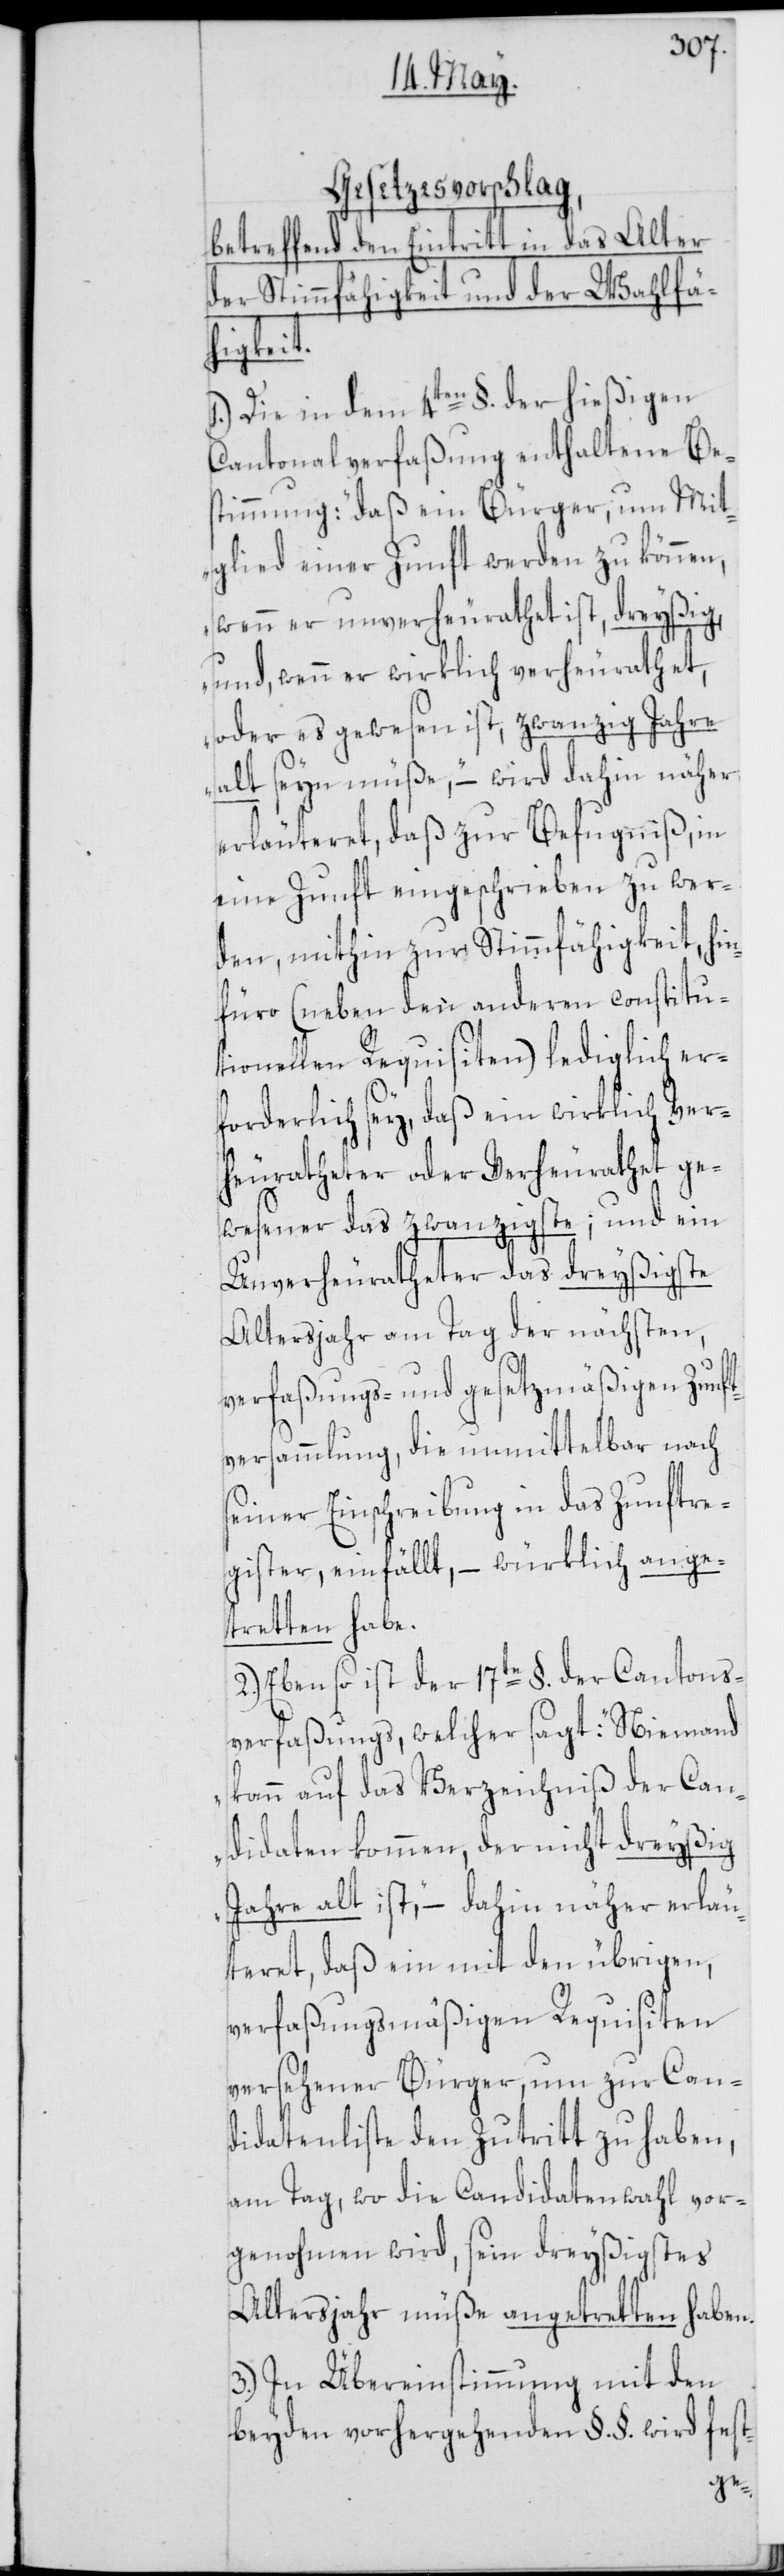
Gesetzesvorschlag,
betreffend den Eintritt in das Alter
der Stimmfähigkeit und der Wahlfä¬
higkeit.
1.) Die in dem 4ten §. der hießigen
Cantonalverfaßung enthaltene Be¬
stimmung: „daß ein Bürger, um Mit¬
glied einer Zunft werden zu können,
wenn er unverheurathet ist, dreyßig,
und, wenn er wirklich verheurathet,
oder es gewesen ist, zwanzig Jahre
alt seyn müße“, – wird dahin näher
erläuteret, daß zur Befugnis, in
eine Zunft eingeschrieben zu wer¬
den, mithin zur Stimmfähigkeit, hin¬
füro (neben den anderen constitu¬
tionellen Requisiten) lediglich er¬
forderlich sey, daß ein wirklich Ver¬
heuratheter oder Verheirathet ge¬
wesener das zwanzigste; und ein
Unverheuratheter das dreyßigste
Altersjahr am Tag der nächsten,
verfaßungs- und gesetzmäßigen Zunft¬
versammlung, die unmittelbar nach
seiner Einschreibung in das Zunftre¬
gister, einfällt, – würklich ange¬
tretten habe.
2.) Ebenso ist der 17te §. der Cantons¬
verfaßung, welcher sagt: „Niemand
kann auf das Verzeichnis der Can¬
didaten kommen, der nicht dreyßig
Jahre alt ist“, – dahin näher erläu¬
teret, daß ein mit den übrigen,
verfaßungsmäßigen Requisiten
versehener Bürger, um zur Can¬
didatenliste den Zutritt zu haben,
am Tag, wo die Candidatenwahl vor¬
genohmen wird, sein dreyßigstes
Altersjahr müße angetretten haben.
3.) In Übereinstimmung mit den
beyden vorhergehenden §. §. wird fest-